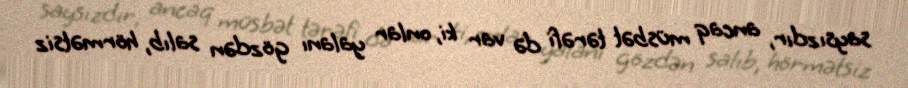
saysızdır, ancaq müsbət tərəfi də var ki, onlar yalanı gözdən salıb, hörmətsiz